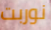
نوربت